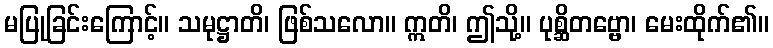
မပြုခြင်းကြောင့်။ သမုဋ္ဌာတိ၊ ဖြစ်သလော။ ဣတိ၊ ဤသို့။ ပုစ္ဆိတဗ္ဗော၊ မေးထိုက်၏။